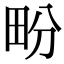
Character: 𤰪